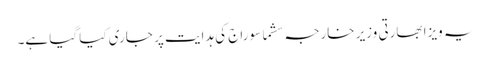
یہ ویزا بھارتی وزیر خارجہ سشما سوراج کی ہدایت پر جاری کیا گیا ہے۔